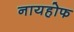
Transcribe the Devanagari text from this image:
नायहोफ